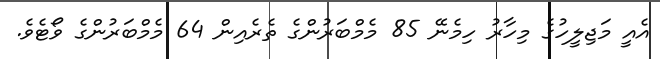
އެއީ މަޖިލީހުގެ މިހާރު ހިމެނޭ 85 މެމްބަރުންގެ ތެރެއިން 64 މެމްބަރުންގެ ވޯޓެވެ.